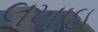
લખાઇ